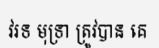
វរទ មុទ្រា ត្រូវបាន គេ